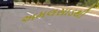
અમલસાડથી